65_HS1-834228961_62-HQ-83894_Serial_164
Agency: FBI
Page 69
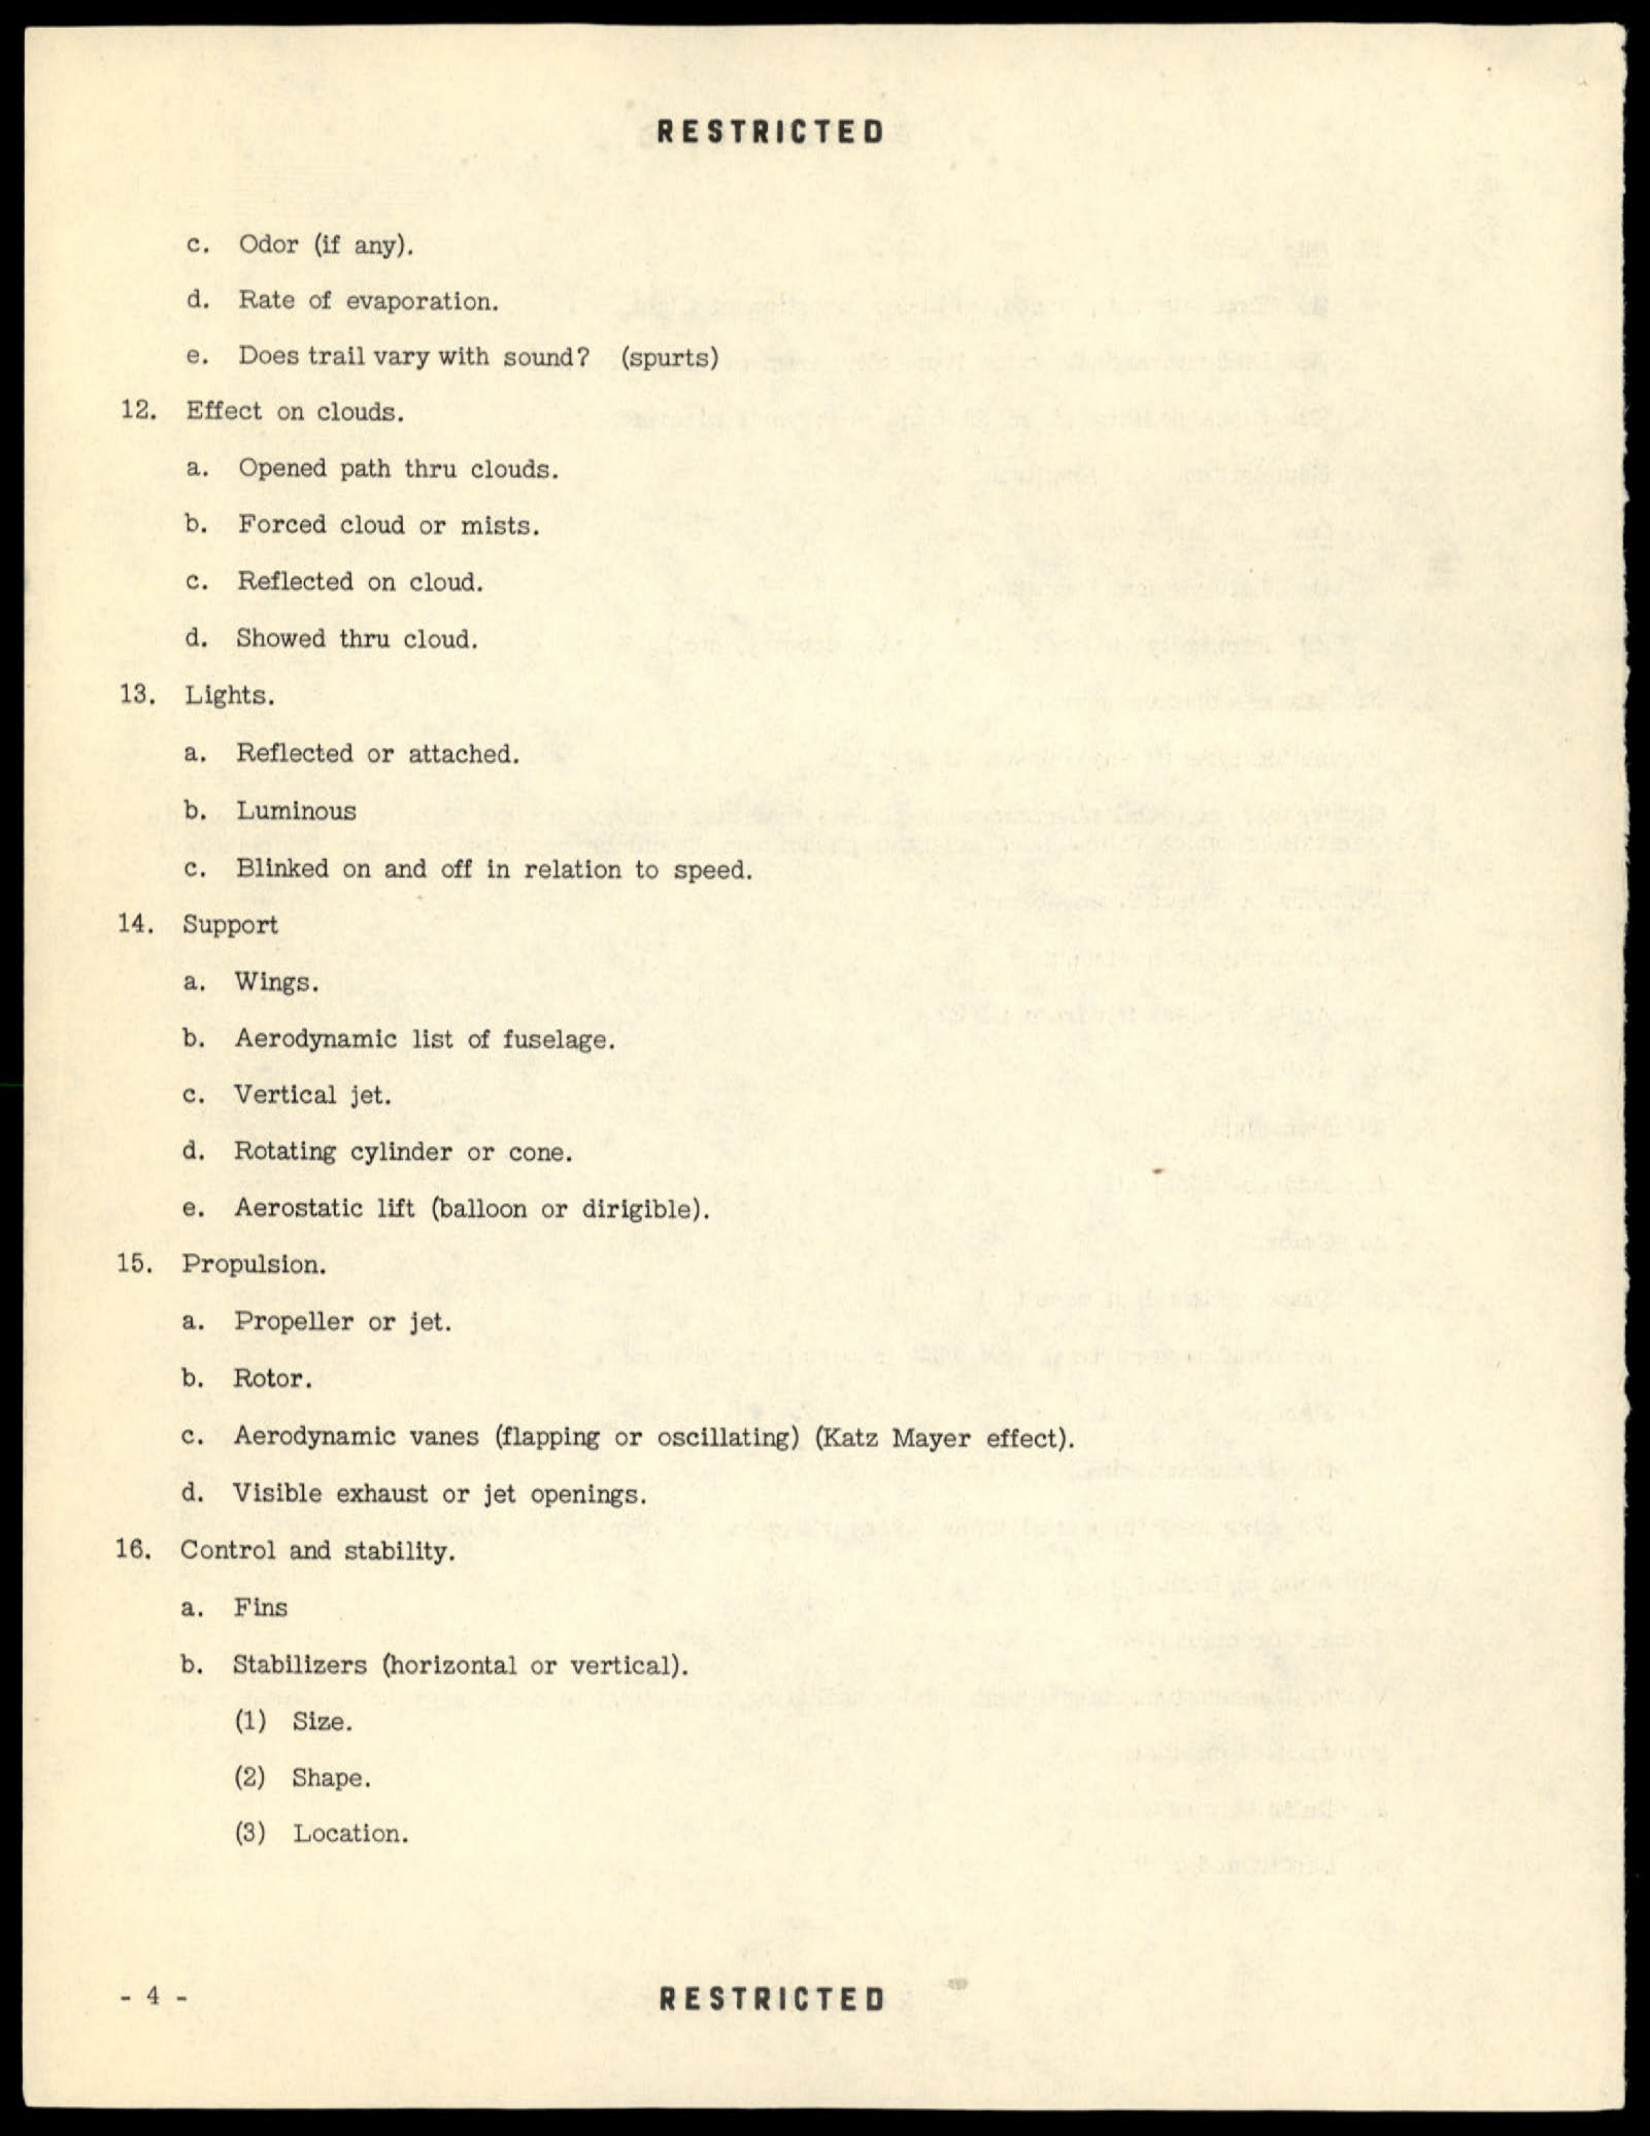